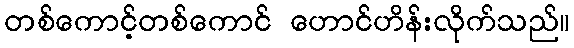
တစ်ကောင့်တစ်ကောင် ဟောင်ဟိန်းလိုက်သည်။